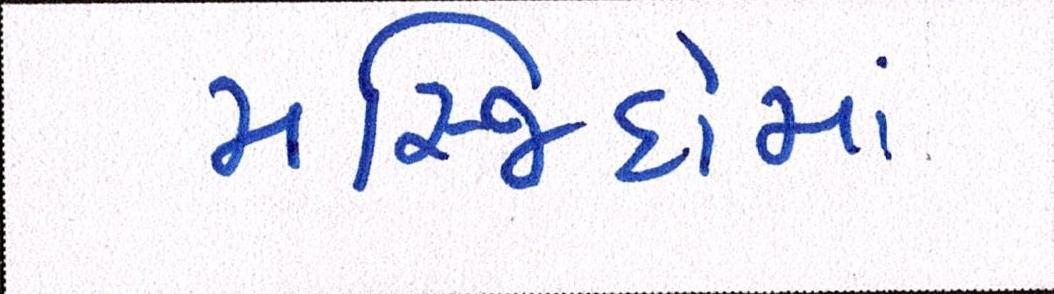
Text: મસ્જિદોમાં